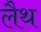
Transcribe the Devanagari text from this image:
लैथ